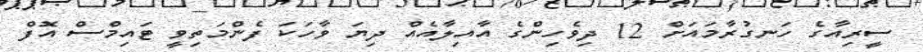
ސީރިއާގެ ހަނގުރާމައަށް 12 ދިވެހިންގެ އާއިލާއެއް ދިޔަ ވާހަކަ ފެންމަތިވީ ޓައިމްސް އޮފް